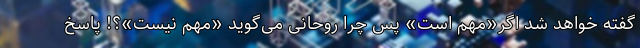
گفته خواهد شد اگر«مهم است» پس چرا روحانی می‌گوید «مهم نیست»؟! پاسخ